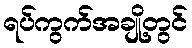
ရပ်ကွက်အချို့တွင်